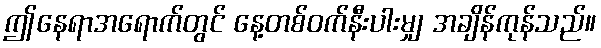
ဤနေရာအရောက်တွင် နေ့တစ်ဝက်နီးပါးမျှ အချိန်ကုန်သည်။